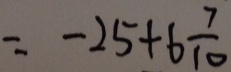
= - 2 5 + 6 \frac { 7 } { 1 0 }